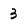
Character: 3